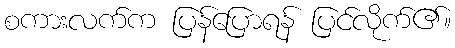
စကားလက်က ပြန်ပြောရန် ပြင်လိုက်၏။